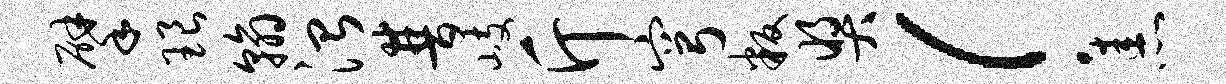
擘琅翰治普岐斤穹叛奖！恚